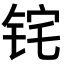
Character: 𬭈